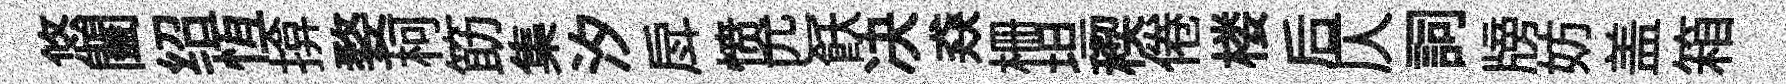
悠闔绍恆揜婺柯筯集汐戽愤匹飫决猋栅坦稧倦楼后仄詞牓妨盖箱